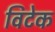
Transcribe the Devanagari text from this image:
विटेक